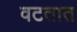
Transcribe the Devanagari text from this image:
वटतात